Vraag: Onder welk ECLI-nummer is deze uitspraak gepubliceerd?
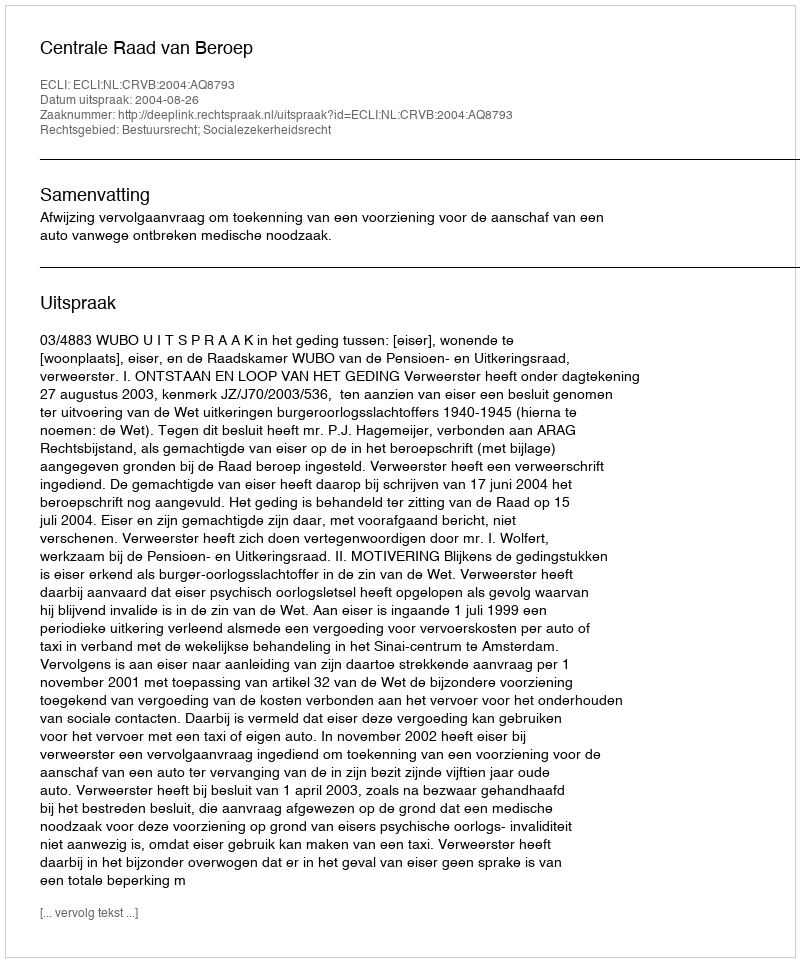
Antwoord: ECLI:NL:CRVB:2004:AQ8793